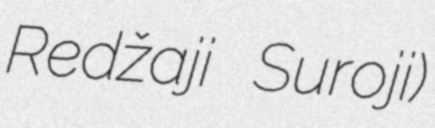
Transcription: Redžaji Suroji)